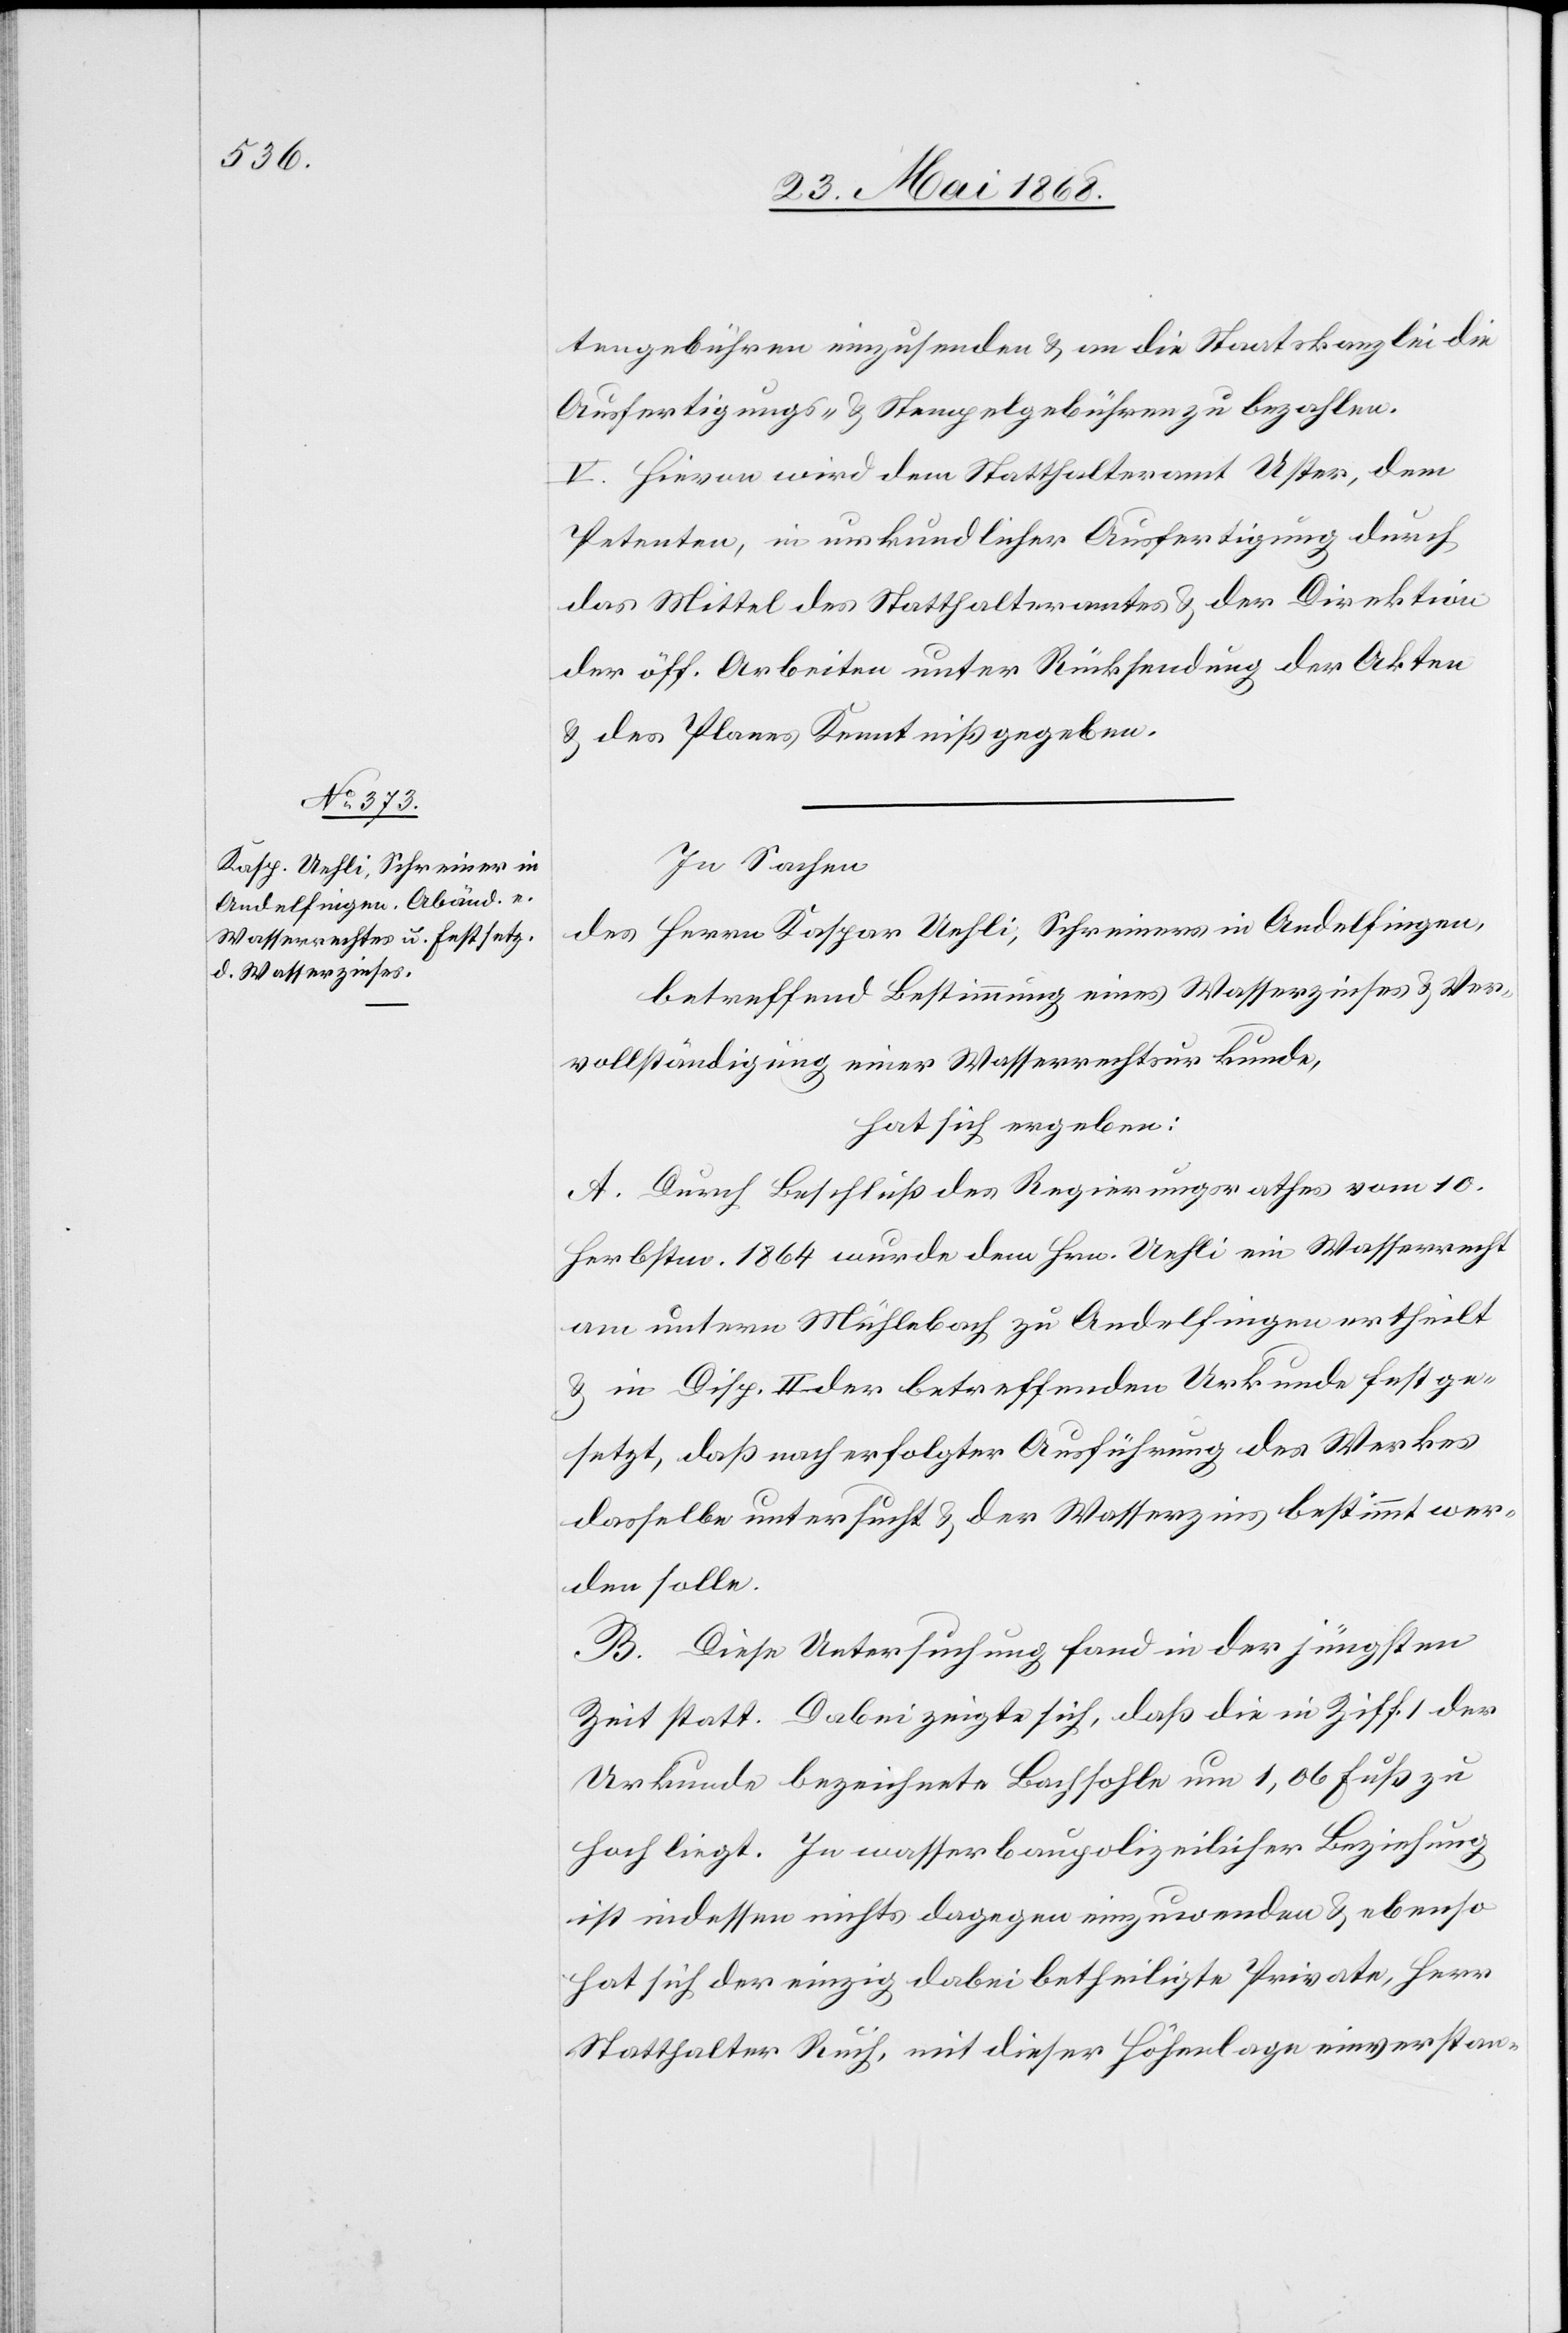
tengebühren einzusenden & an die Staatskanzlei die
Ausfertigungs- & Stempelgebühren zu bezahlen.
V. Hievon wird dem Statthalteramt Uster, dem
Petenten, in urkundlicher Ausfertigung durch
das Mittel des Statthalteramtes & der Direktion
der öff. Arbeiten unter Rücksendung der Akten
& des Planes Kenntniß gegeben.
In Sachen
Herrn Kaspar Uehli, Schreiners in Andelfingen,
des
betreffend Bestimmung eines Wasserzinses & Ver¬
vollständigung einer Wasserrechtsurkunde,
hat sich ergeben:
A. Durch Beschluß des Regierungsrathes vom 10.
Herbstm. 1864 wurde dem Hrn. Uehli ein Wasserrecht
am untern Mühlebach zu Andelfingen ertheilt
& in Disp. II. der betreffenden Urkunde festge¬
setzt, daß nach erfolgter Ausführung des Werkes
dasselbe untersucht & der Wasserzins bestimmt wer¬
den solle.
B. Diese Untersuchung fand in der jüngsten
Zeit statt. Dabei zeigte sich, daß die in Ziff. 1 der
Urkunde bezeichnete Bachsohle um 1,06 Fuß zu
hoch liegt. In wasserbaupolizeilicher Beziehung
ist indessen nichts dagegen einzuwenden & ebenso
hat sich der einzig dabei betheiligte Private, Herr
Statthalter Ruch, mit dieser Höhenlage einverstan-